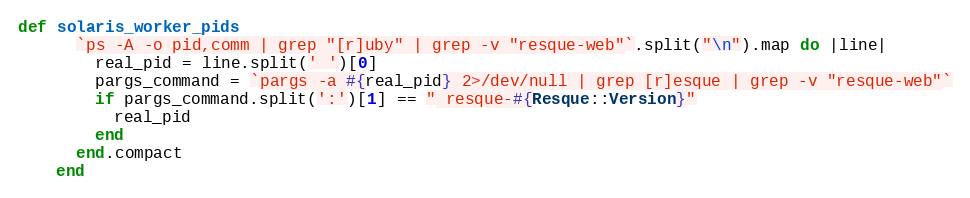
Language: Ruby
def solaris_worker_pids
      `ps -A -o pid,comm | grep "[r]uby" | grep -v "resque-web"`.split("\n").map do |line|
        real_pid = line.split(' ')[0]
        pargs_command = `pargs -a #{real_pid} 2>/dev/null | grep [r]esque | grep -v "resque-web"`
        if pargs_command.split(':')[1] == " resque-#{Resque::Version}"
          real_pid
        end
      end.compact
    end